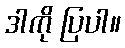
ဒါကို ပြပါ။